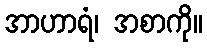
အာဟာရံ၊ အစာကို။